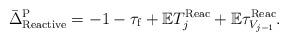
LaTeX: \begin{align*}\bar{\Delta}^{\rm P}_{\rm Reactive}=-1-\tau_{\rm f}+\mathbb{E}T^{\rm Reac}_j+\mathbb{E}\tau^{\rm Reac}_{V_{j-1}}.\end{align*}